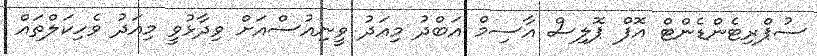
ސުޕްރިޓެންޑެންޓް އޮފް ޕޮލިސް އާސިމް އަބްދު މިއަދު ވީނިއުސްއަށް ވިދާޅުވީ މިއަދު ވެހިކަލްތައް